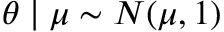
\theta \mid \mu \sim N ( \mu , 1 )